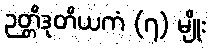
ဉတ္တိဒုတိယကံ (၇) မျိုး